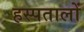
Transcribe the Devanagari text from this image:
हस्पतालों